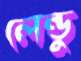
লেন্ডু